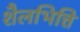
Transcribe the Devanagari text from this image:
शैलभित्ति